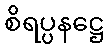
စိရပ္ပနဋ္ဌေ